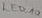
Text: LED_10